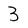
Character: 3